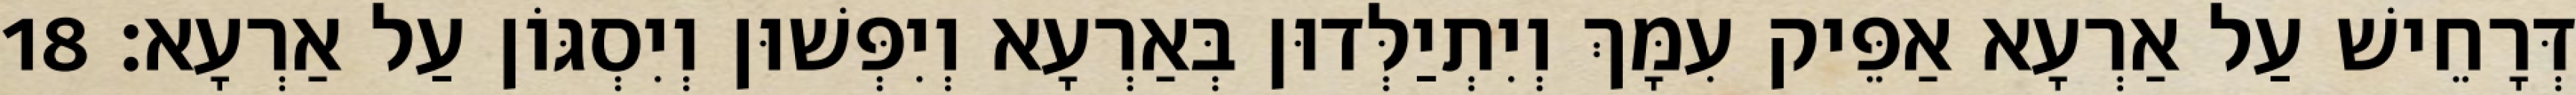
דְּרָחֵישׁ עַל אַרְעָא אַפֵּיק עִמָּךְ וְיִתְיַלְּדוּן בְּאַרְעָא וְיִפְּשׁוּן וְיִסְגּוֹן עַל אַרְעָא׃ 18